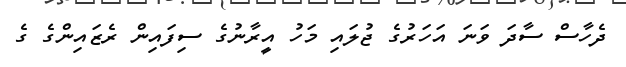
ދެހާސް ސާދަ ވަނަ އަހަރުގެ ޖުލައި މަހު އީރާނުގެ ސިފައިން ރެޒައިންގެ ގެ